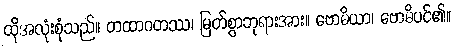
ထိုအလုံးစုံသည်။ တထာဂတဿ၊ မြတ်စွာဘုရားအား။ ဗောဓိယာ၊ ဗောဓိပင်၏။